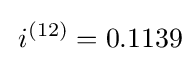
\,i^{(12)}=0.1139